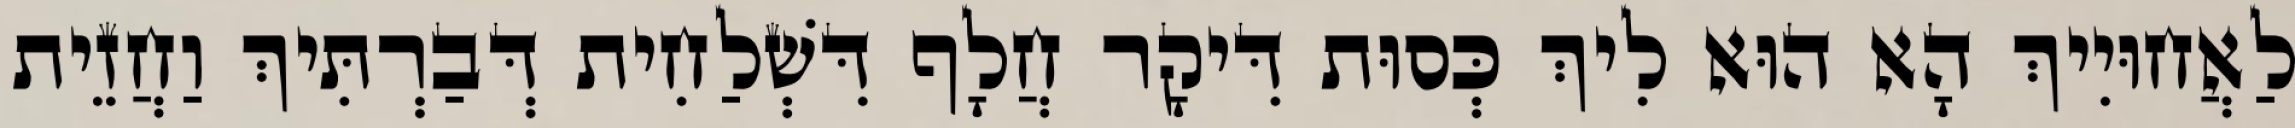
לַאֲחוּיִיךְ הָא הוּא לִיךְ כְּסוּת דִּיקָר חֲלָף דִּשְׁלַחִית דְּבַרְתִּיךְ וַחֲזֵית